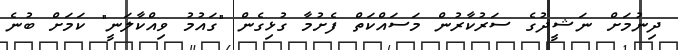
ދިނުމަށް ނަޝީދުގެ ސަރުކާރުން މަސައްކަތް ފެށުމާ ގުޅިގެން "ގައުމު ވިއްކާލަނީ" ކަމަށް ބުނެ